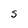
Character: S